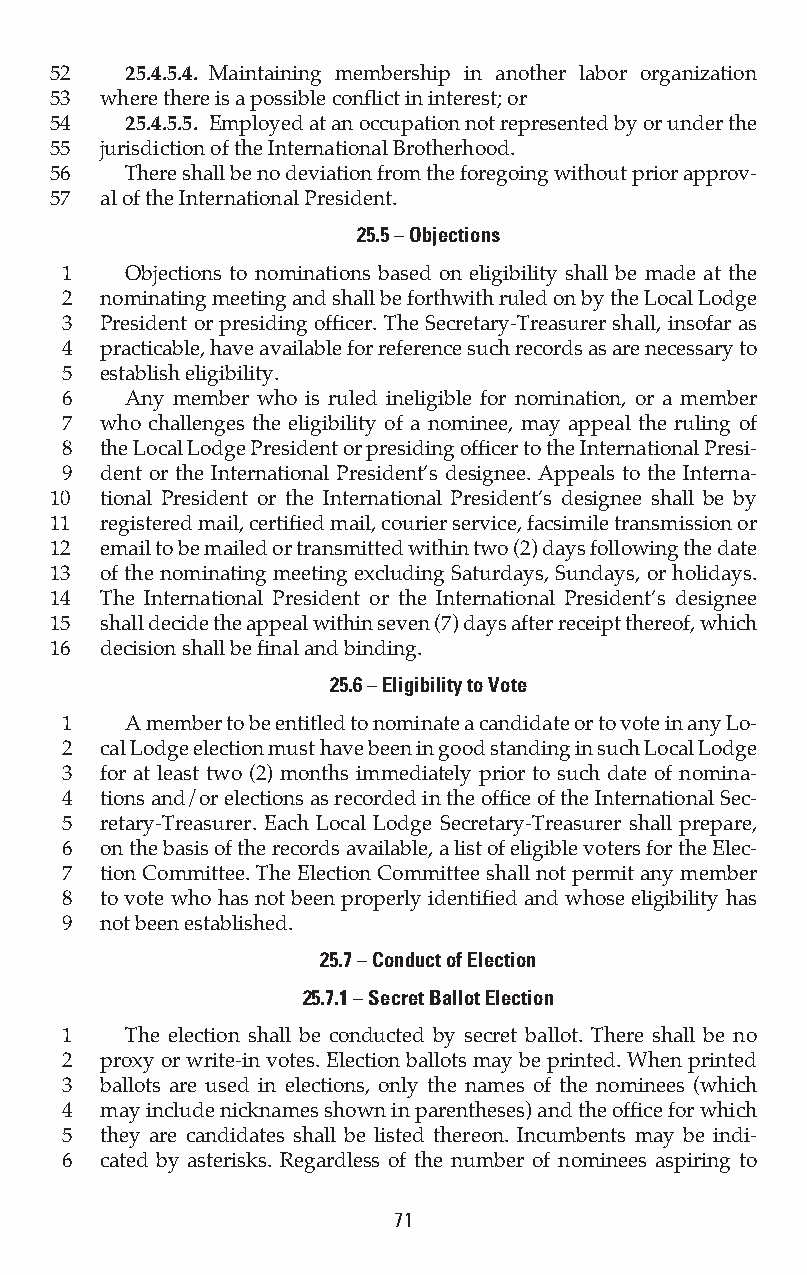
52   25.4.5.4. Maintaining membership in another labor organization
 53  where there is a possible conflict in interest; or
 54   25.4.5.5. Employed at an occupation not represented by or under the
 55  jurisdiction of the International Brotherhood.
 56   There shall be no deviation from the foregoing without prior approv-
 57  al of the International President.
 25.5 – Objections
 1   Objections to nominations based on eligibility shall be made at the
 2  nominating meeting and shall be forthwith ruled on by the Local Lodge
 3  President or presiding officer. The Secretary-Treasurer shall, insofar as
 4  practicable, have available for reference such records as are necessary to
 5  establish eligibility.
 6   Any member who is ruled ineligible for nomination, or a member
 7  who challenges the eligibility of a nominee, may appeal the ruling of
 8  the Local Lodge President or presiding officer to the International Presi-
 9  dent or the International President’s designee. Appeals to the Interna-
 10  tional President or the International President’s designee shall be by
 11  registered mail, certified mail, courier service, facsimile transmission or
 12  email to be mailed or transmitted within two (2) days following the date
 13  of the nominating meeting excluding Saturdays, Sundays, or holidays.
 14  The International President or the International President’s designee
 15  shall decide the appeal within seven (7) days after receipt thereof, which
 16  decision shall be final and binding.
 25.6 – Eligibility to Vote
 1   A member to be entitled to nominate a candidate or to vote in any Lo-
 2  cal Lodge election must have been in good standing in such Local Lodge
 3  for at least two (2) months immediately prior to such date of nomina-
 4  tions and/or elections as recorded in the office of the International Sec-
 5  retary-Treasurer. Each Local Lodge Secretary-Treasurer shall prepare,
 6  on the basis of the records available, a list of eligible voters for the Elec-
 7  tion Committee. The Election Committee shall not permit any member
 8  to vote who has not been properly identified and whose eligibility has
 9  not been established.
 25.7 – Conduct of Election
 25.7.1 – Secret Ballot Election
 1   The election shall be conducted by secret ballot. There shall be no
 2  proxy or write-in votes. Election ballots may be printed. When printed
 3  ballots are used in elections, only the names of the nominees (which
 4  may include nicknames shown in parentheses) and the office for which
 5  they are candidates shall be listed thereon. Incumbents may be indi-
 6  cated by asterisks. Regardless of the number of nominees aspiring to
 71